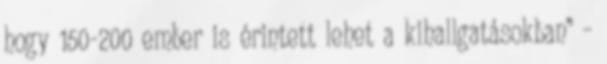
hogy 150-200 ember is érintett lehet a kihallgatásokban” –